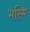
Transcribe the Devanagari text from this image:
भस्मि